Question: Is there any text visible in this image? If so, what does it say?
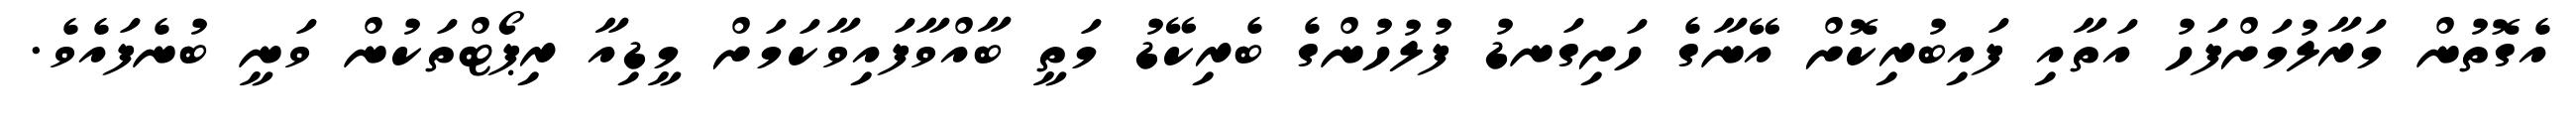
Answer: އެގޮތުން މަރާލުމަށްފަހު އަތާއި ފައިބުރިކޮށް އޭނާގެ ހަށިގަނޑު ފުލުހުންގެ ބެރިކޭޑު މަތީ ބާއްވާފައިވާކަމަށް މީޑިއާ ރިޕޯޓްތަކުން ވަނީ ބުނެފައެވެ.